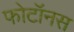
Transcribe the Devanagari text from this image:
फोटॉनस